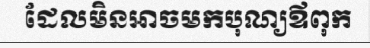
ដែលមិនអាចមកបុណ្យឪពុក